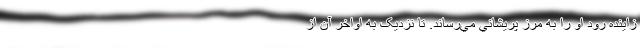
زاينده رود او را به مرز پريشاني مي‌رساند. تا نزدیک به اواخر آن از